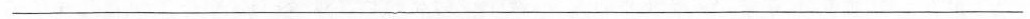
___